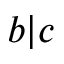
b | c